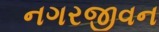
નગરજીવન